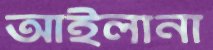
আইলানা